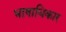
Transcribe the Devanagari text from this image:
भाषाधिकार